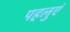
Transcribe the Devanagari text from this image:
पहलुएं